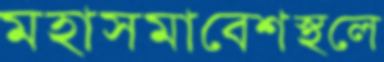
মহাসমাবেশস্থলে